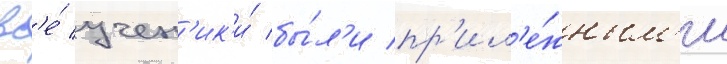
вс'е́ учен'ик'и́ бы́л'и пр'ил'е́жным'и